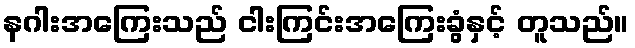
နဂါးအကြေးသည် ငါးကြင်းအကြေးခွံနှင့် တူသည်။